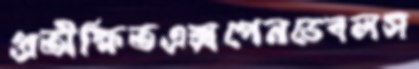
প্রতীক্ষিতএক্সপেনডেবলস